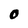
Character: 0